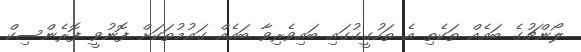
ލޯންޗުގެ ބައެއް ތަކެތި އެ ތަހުގީގުގައި ބައިވެރިވާ ބައެއް ގައުމުތަކަށް ފޮނުވީ ފޮރެންސިކް